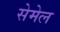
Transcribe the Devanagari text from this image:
सेमेल